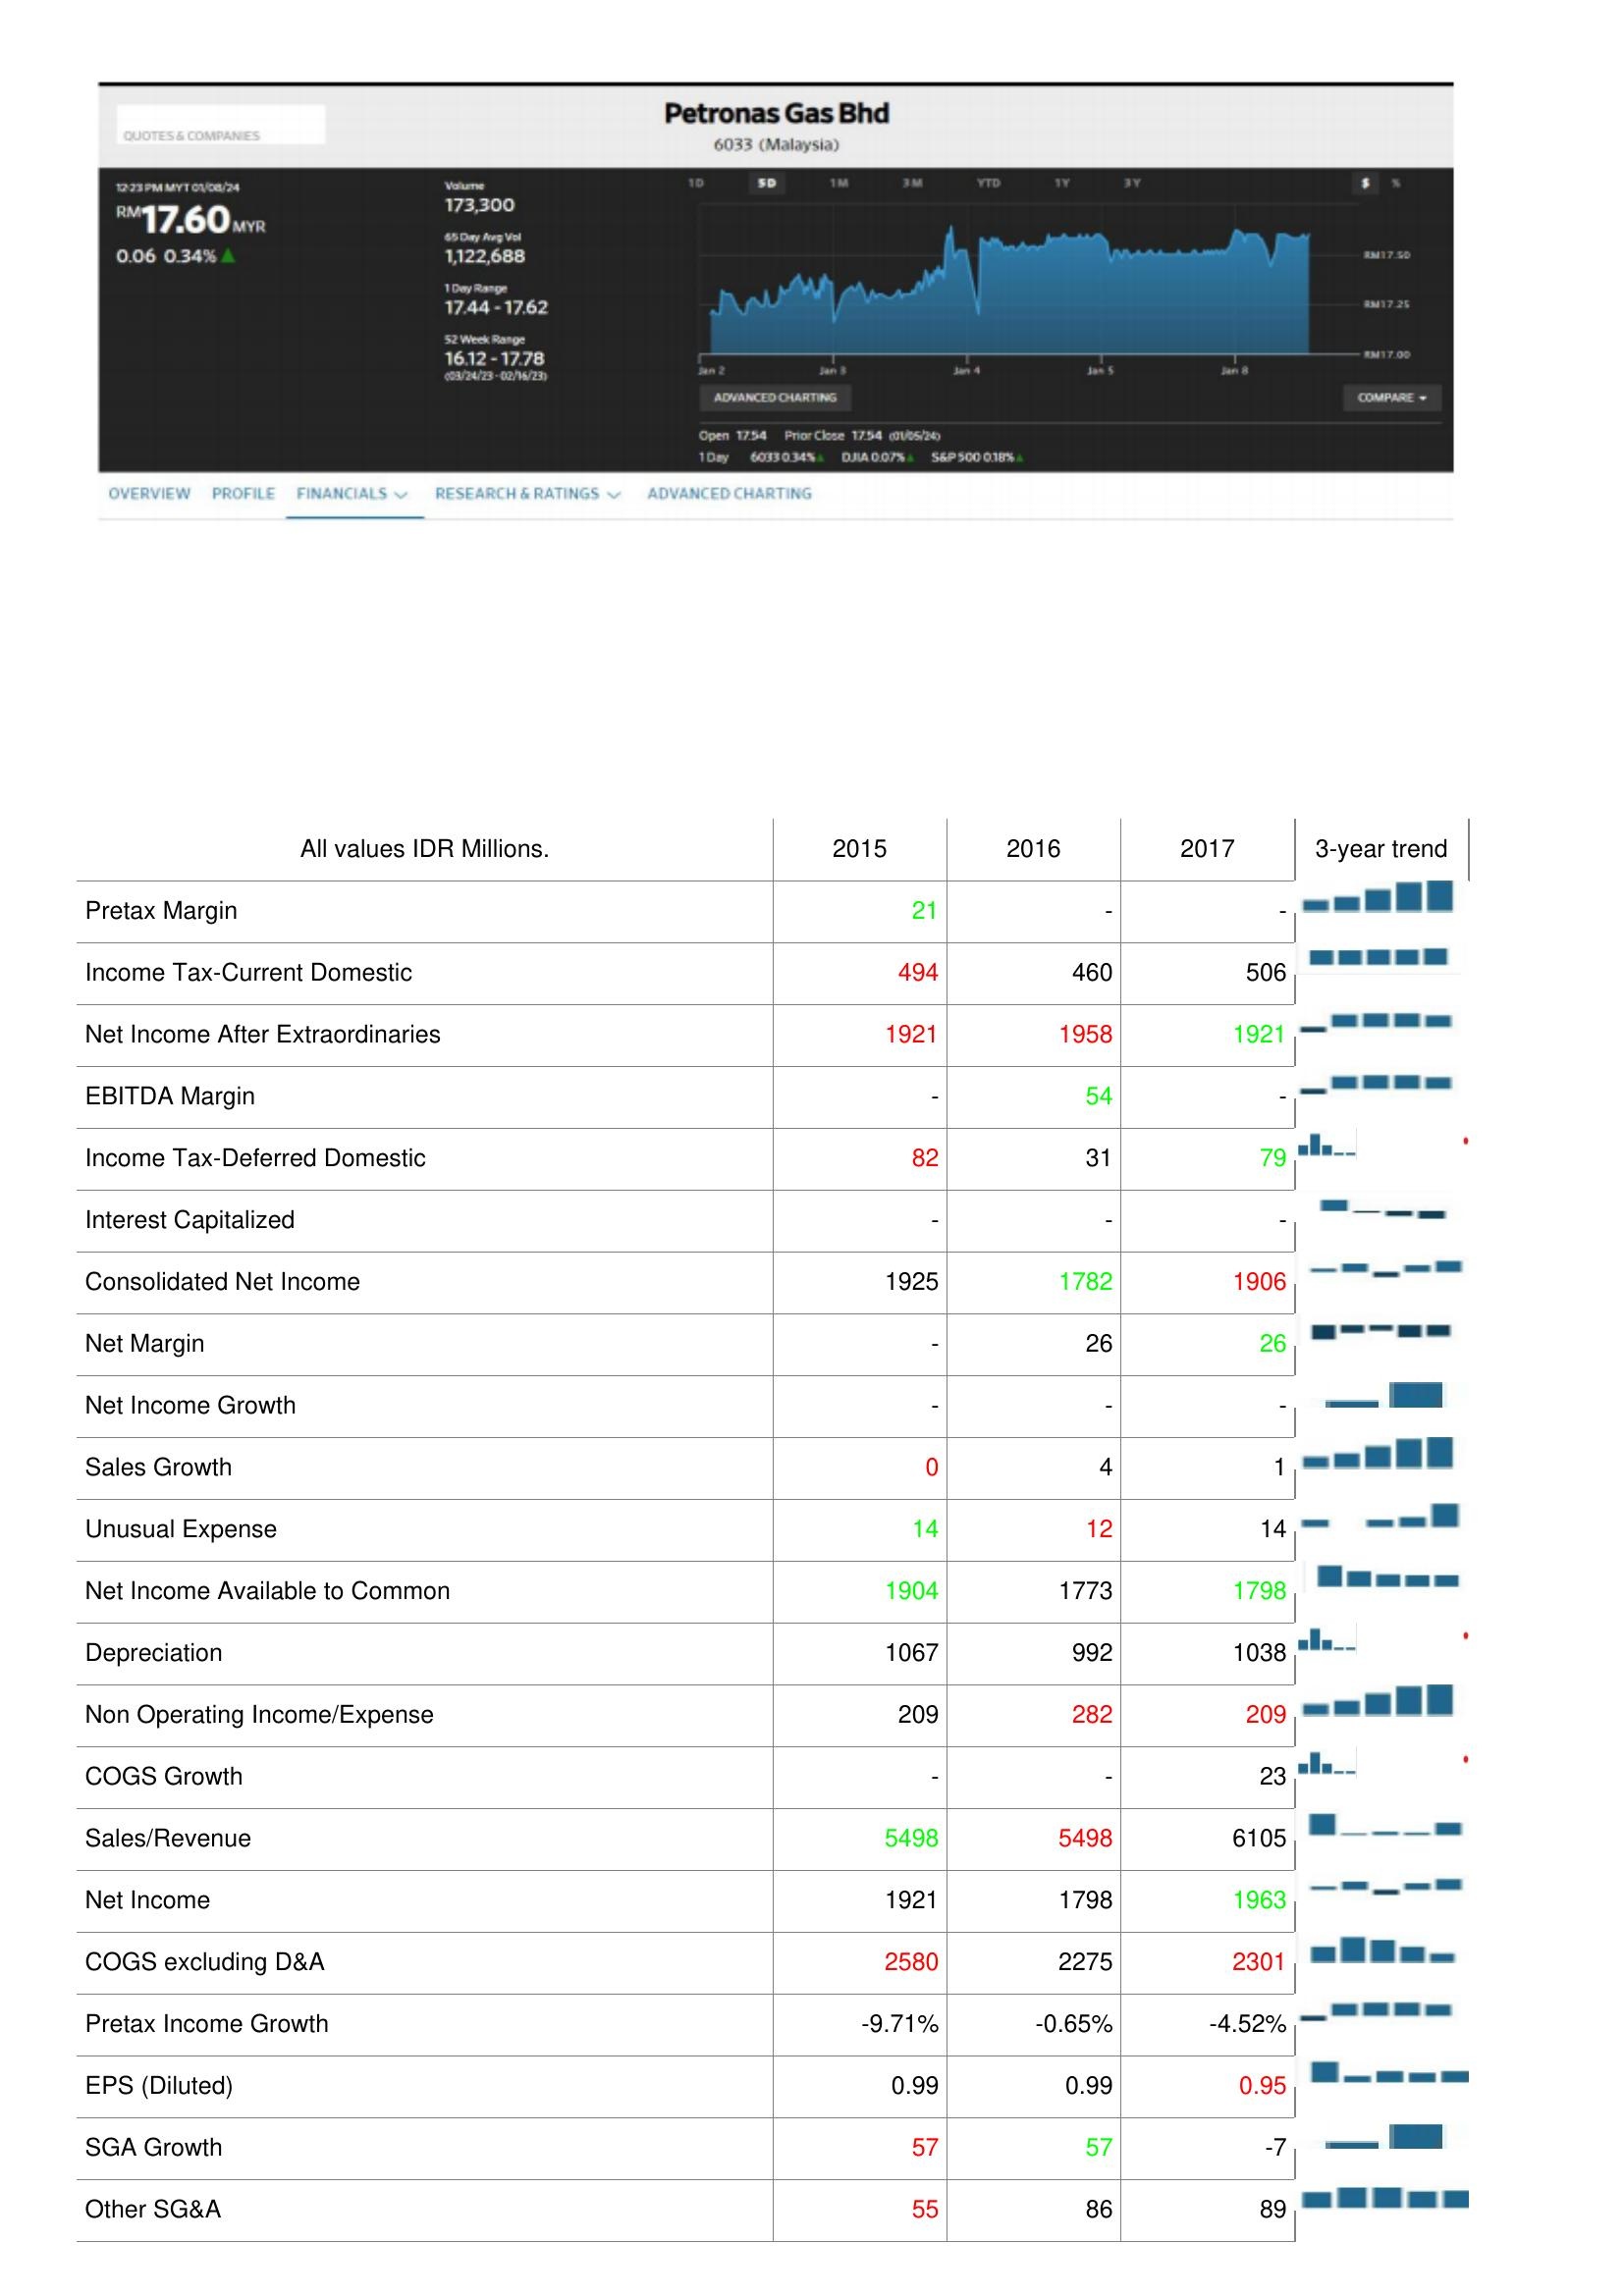
2015: : Pretax Margin: 21
Income Tax-Current Domestic: 494
Net Income After Extraordinaries: 1921
EBITDA Margin: -
Income Tax-Deferred Domestic: 82
Interest Capitalized: -
Consolidated Net Income: 1925
Net Margin: -
Net Income Growth: -
Sales Growth: 0
Unusual Expense: 14
Net Income Available to Common: 1904
Depreciation: 1067
Non Operating Income/Expense: 209
COGS Growth: -
Sales/Revenue: 5498
Net Income: 1921
COGS excluding D&A: 2580
Pretax Income Growth: -9.71%
EPS (Diluted): 0.99
SGA Growth: 57
Other SG&A: 55
2016: : Pretax Margin: -
Income Tax-Current Domestic: 460
Net Income After Extraordinaries: 1958
EBITDA Margin: 54
Income Tax-Deferred Domestic: 31
Interest Capitalized: -
Consolidated Net Income: 1782
Net Margin: 26
Net Income Growth: -
Sales Growth: 4
Unusual Expense: 12
Net Income Available to Common: 1773
Depreciation: 992
Non Operating Income/Expense: 282
COGS Growth: -
Sales/Revenue: 5498
Net Income: 1798
COGS excluding D&A: 2275
Pretax Income Growth: -0.65%
EPS (Diluted): 0.99
SGA Growth: 57
Other SG&A: 86
2017: : Pretax Margin: -
Income Tax-Current Domestic: 506
Net Income After Extraordinaries: 1921
EBITDA Margin: -
Income Tax-Deferred Domestic: 79
Interest Capitalized: -
Consolidated Net Income: 1906
Net Margin: 26
Net Income Growth: -
Sales Growth: 1
Unusual Expense: 14
Net Income Available to Common: 1798
Depreciation: 1038
Non Operating Income/Expense: 209
COGS Growth: 23
Sales/Revenue: 6105
Net Income: 1963
COGS excluding D&A: 2301
Pretax Income Growth: -4.52%
EPS (Diluted): 0.95
SGA Growth: -7
Other SG&A: 89